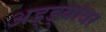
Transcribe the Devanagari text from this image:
अड्ड्यांवर